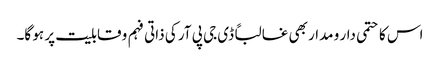
اس کا حتمی دار و مدار بھی غالباً ڈی جی پی آر کی ذاتی فہم و قابلیت پر ہو گا۔